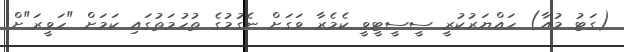
(ގަޓު މުއާ) ހައްޔަރުކުރީ ސީސީޓީވީ ކެމެރާ ވަގަށް ނެގުމުގެ ތުހުމަތުގައި ކަމަށް "ހަވީރަ"ށް